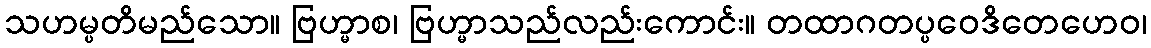
သဟမ္ပတိမည်သော။ ဗြဟ္မာစ၊ ဗြဟ္မာသည်လည်းကောင်း။ တထာဂတပ္ပဝေဒိတေဟေဝ၊